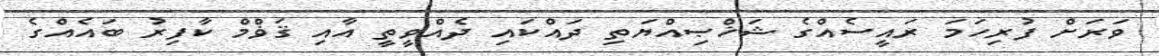
ވަރަށް ފުރިހަމަ ރައީސެއްގެ ޝަޚްޞިއްޔަތި ދައްކައި ދެއްވީތީ އާއި ޤަަޥްމް ކާފިރު ބައެއްގެ